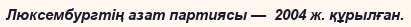
Люксембургтің азат партиясы —  2004 ж. құрылған.